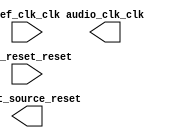

module soc_audio_clk (
	ref_clk_clk,
	ref_reset_reset,
	audio_clk_clk,
	reset_source_reset);	

	input		ref_clk_clk;
	input		ref_reset_reset;
	output		audio_clk_clk;
	output		reset_source_reset;
endmodule